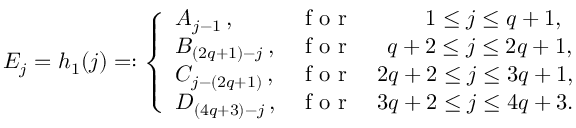
E _ { j } = h _ { 1 } ( j ) = : \left\{ \begin{array} { l l } { A _ { j - 1 } \, , } & { \textrm { f o r } \quad \qquad \, 1 \leq j \leq q + 1 , } \\ { B _ { ( 2 q + 1 ) - j } \, , } & { \textrm { f o r } \quad \; \, q + 2 \leq j \leq 2 q + 1 , } \\ { C _ { j - ( 2 q + 1 ) } \, , } & { \textrm { f o r } \quad 2 q + 2 \leq j \leq 3 q + 1 , } \\ { D _ { ( 4 q + 3 ) - j } \, , } & { \textrm { f o r } \quad 3 q + 2 \leq j \leq 4 q + 3 . } \end{array} \right.